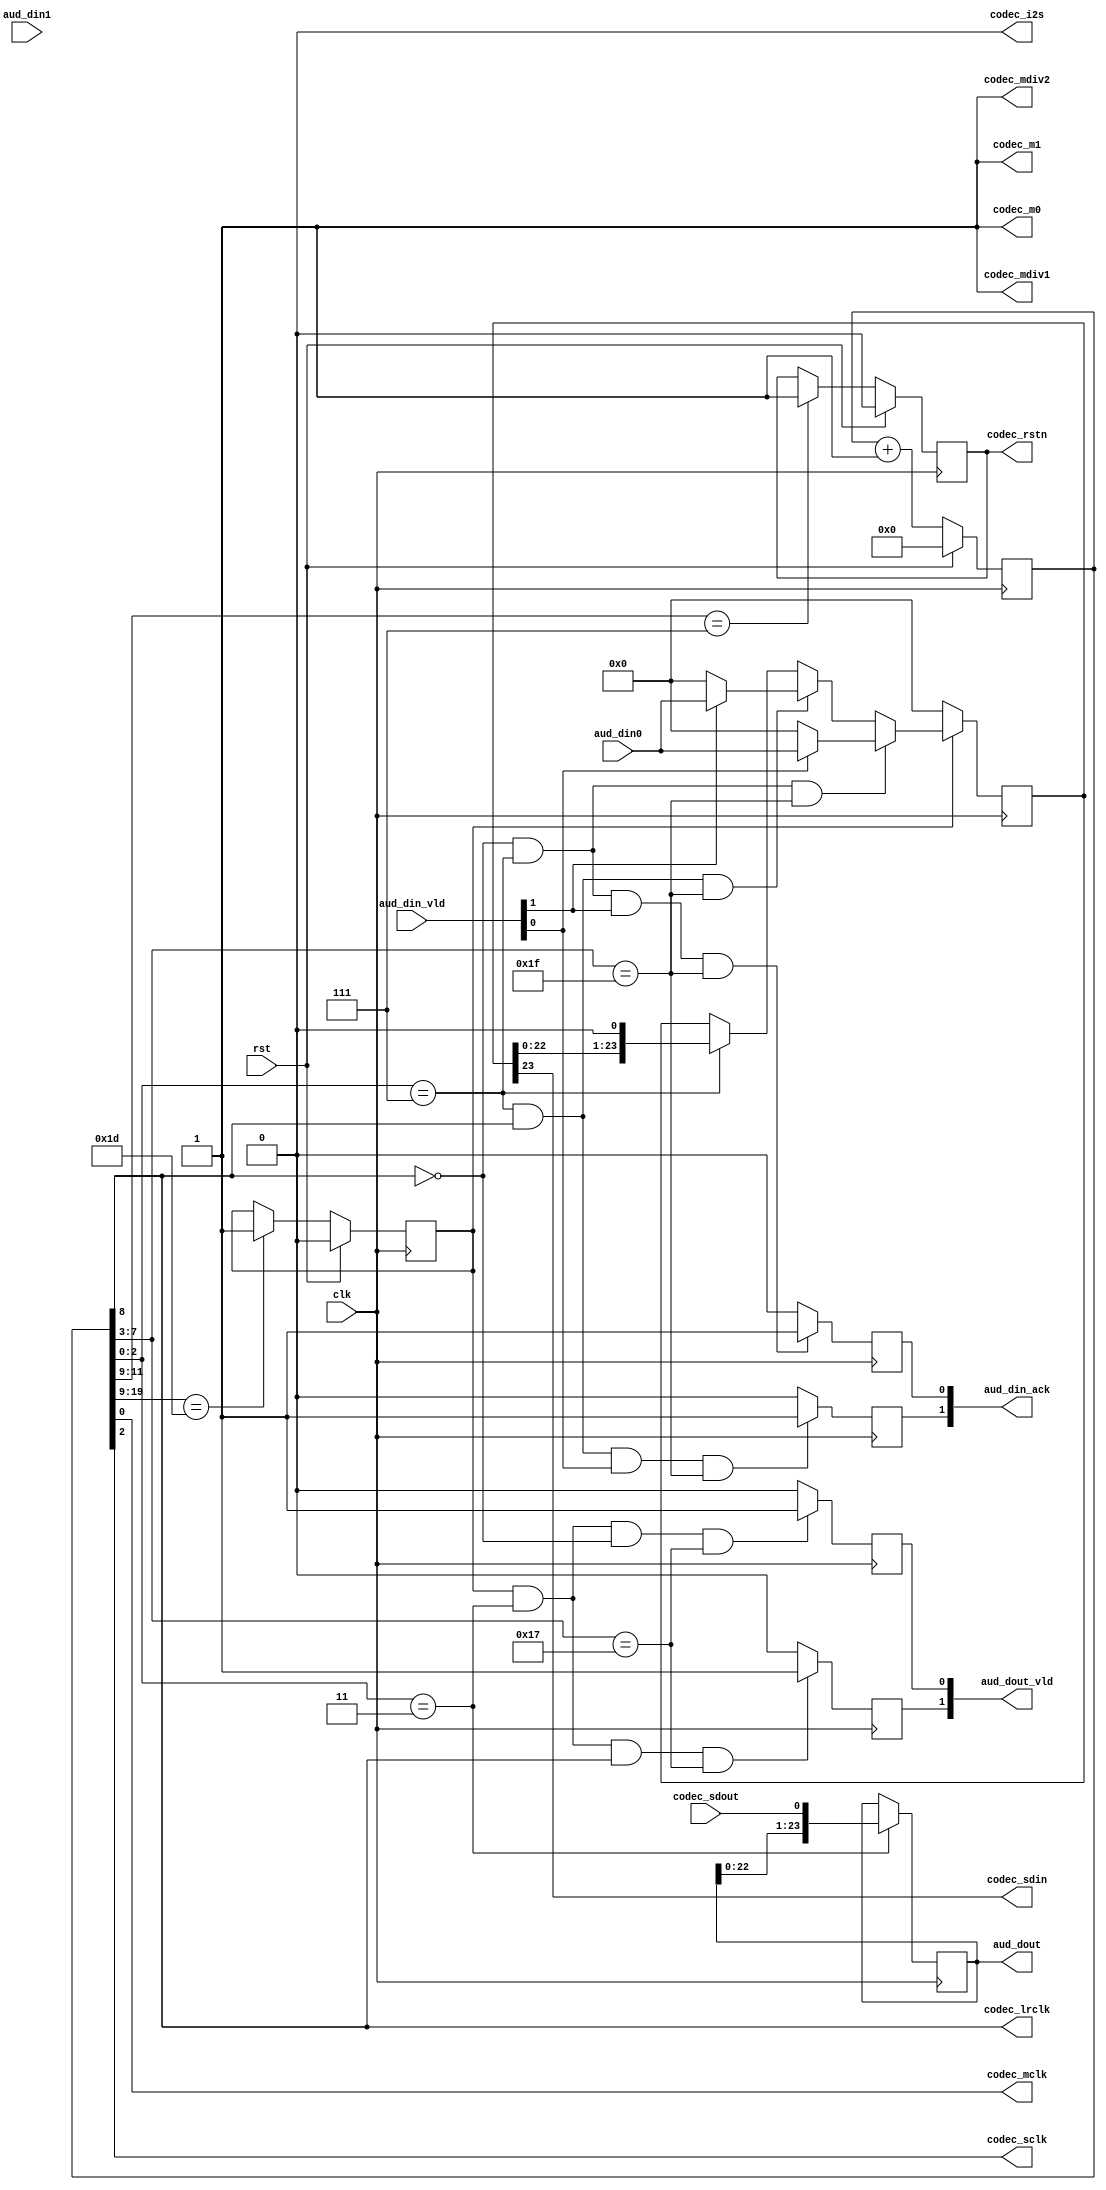
module codec_if
(
   input             clk, // 100MHz
   input             rst,

   // config pins
   output            codec_m0,
   output            codec_m1,
   output            codec_i2s,
   output            codec_mdiv1,
   output            codec_mdiv2,

   output            codec_rstn,  // 8 lrck periódust kell várni
   output            codec_mclk,  // master clk = clk/2 (szőrők és modulátorok órajele)
   output            codec_lrclk, // left right clk = clk/512 (melyik csatorna aktív)
   output            codec_sclk,  // serial clk = clk/8  (serial audio clk)

   output            codec_sdin,
   input             codec_sdout,

   output reg [ 1:0] aud_dout_vld,
   output     [23:0] aud_dout,

   input      [ 1:0] aud_din_vld,
   output reg [ 1:0] aud_din_ack,
   input      [23:0] aud_din0,
   input      [23:0] aud_din1
);

// Configuration pins
// stand-alone slave mode, left justified, 256x mclk
assign codec_m0      = 1'b1;
assign codec_m1      = 1'b1;
assign codec_i2s     = 1'b0;
assign codec_mdiv1   = 1'b1;
assign codec_mdiv2   = 1'b1;

// free-running counter, resettable
// - clock generation
// - reset generation & wait for at least 1045 sampling periods
reg [19:0] div_cntr;
always @ (posedge clk) begin
    if(rst) begin
        div_cntr <= 1'b0;
    end else begin
        div_cntr <= div_cntr + 1;
    end
end

assign codec_lrclk  = div_cntr[8];      // /512
assign codec_sclk   = div_cntr[2];      // /8
assign codec_mclk   = div_cntr[0];      // /2

wire sclk_fall;   //  adatkiadás
wire sclk_rise;   //  erre mintavételezzük a bemeneti adatot
assign sclk_fall    = (div_cntr[2:0] == 3'b111); // éldetektálás a számlálóból számolható
assign sclk_rise    = (div_cntr[2:0] == 3'b011);

// "virtual" bit counter, 5-bit part of div_cntr
// shift register valid jel generálásához kell
// 24 bites shift reg -> minimum 5 bit kell:
wire [4:0] bit_cntr;
assign bit_cntr = div_cntr[7:3];

// active low reset for the codec
// ~8 sampling periods long after system reset
// várakozunk megfelelő mennyiségű időt, reset esetén
reg rst_ff;
always @ (posedge clk) begin
    if(rst) begin
        rst_ff <= 1'b0;
    end else if(div_cntr[11:9] == 3'b111) begin // lrck periódusaiból 8at számolunk meg. EZ NEM TELJESEN 8
        rst_ff <= 1'b1;
    end
end


// assign codec reset to output port
assign codec_rstn = rst_ff;

// init done:
// wait at least 1045 sampling periods after codec reset is released,
// then set init done
reg init_done_ff;
always @ (posedge clk) begin
    if(rst) begin
        init_done_ff <= 1'b0;
    end else if(div_cntr[19:9] == 11'h81d) begin // 11'h81c = 1000 0001 1100 -> 1045 + 7 +1 a ráhagyás
        init_done_ff <= 1'b1;
    end
end


// input shift register
// sample input data when the generated sclk has a rising edge
reg  [23:0] shr_rx;
always @ (posedge clk) begin
    if(sclk_rise) begin
            shr_rx <= {shr_rx[22:0], codec_sdout};
    end
end


// ADC parallel data valid for channel 0
// should be 0 when init_done is 0
always @ (posedge clk) begin
    if(init_done_ff & sclk_rise & ~div_cntr[8] & (bit_cntr == 23)) begin
        aud_dout_vld[0] <= 1'b1;
    end else begin
        aud_dout_vld[0] <= 1'b0;
    end
end


// ADC parallel data valid for channel 1
// should be 0 when init_done is 0
always @ (posedge clk) begin
    if(init_done_ff & sclk_rise & div_cntr[8] & (bit_cntr == 23)) begin
        aud_dout_vld[1] <= 1'b1;
    end else begin
        aud_dout_vld[1] <= 1'b0;
    end
end


// ADC parallel data output: the receive shift register
assign aud_dout = shr_rx;



// transmit shift register, which should
// - load channel 0 or channel 1 parallel data
// - or shift when the generated sclk has a falling edge
reg  [23:0] shr_tx;
always @ (posedge clk) begin
    if (~init_done_ff)begin
        shr_tx <= 24'b0;
    end else if (sclk_fall & ~div_cntr[8] & bit_cntr == 31) begin
        if(aud_din_vld[0])begin
            shr_tx <= aud_din0;
        end else begin
            shr_tx <= 24'b0;
        end
    end else if(sclk_fall & div_cntr[8] & bit_cntr == 31) begin
        if(aud_din_vld[1])begin
            shr_tx <= aud_din0;
        end else begin
            shr_tx <= 24'b0;
        end
    end else if(sclk_fall) begin
        shr_tx <= {shr_tx[22:0], 1'b0};
    end
end

// serial input of the CODEC
assign codec_sdin = shr_tx[23];


// ACK output for channel 0 parallel data input
always @ (posedge clk) begin
    if(~div_cntr[8] & sclk_fall & aud_din_vld[1] & bit_cntr == 31) begin
        aud_din_ack[0] <= 1'b1;
    end else begin
        aud_din_ack[0] <= 1'b0;
    end
end


// ACK output for channel 1 parallel data input
always @ (posedge clk) begin
    if(div_cntr[8] & sclk_fall & aud_din_vld[0] & bit_cntr == 31) begin
        aud_din_ack[1] <= 1'b1;
    end else begin
        aud_din_ack[1] <= 1'b0;
    end
end

endmodule